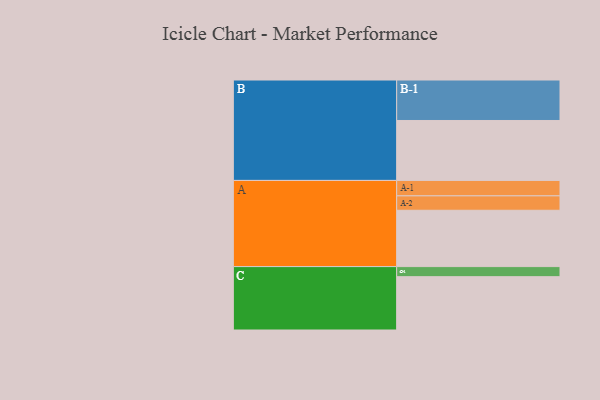
{"axis": {"x": "Segment", "y": "Value"}, "legend": ["", "A", "B", "C"], "data": [{"x": "A", "y": 391, "type": ""}, {"x": "B", "y": 416, "type": ""}, {"x": "C", "y": 370, "type": ""}, {"x": "A-1", "y": 107, "type": "A"}, {"x": "A-2", "y": 100, "type": "A"}, {"x": "B-1", "y": 281, "type": "B"}, {"x": "C-1", "y": 70, "type": "C"}]}